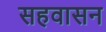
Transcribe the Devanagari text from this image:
सहवासन